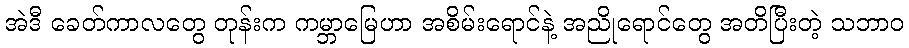
အဲဒီ ခေတ်ကာလတွေ တုန်းက ကမ္ဘာမြေဟာ အစိမ်းရောင်နဲ့ အညိုရောင်တွေ အတိပြီးတဲ့ သဘာဝ